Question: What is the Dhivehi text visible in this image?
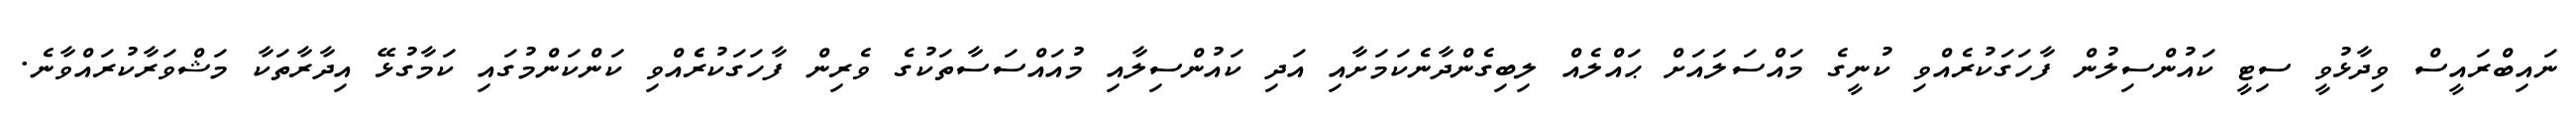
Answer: ނައިބްރައީސް ވިދާޅުވީ ސިޓީ ކައުންސިލުން ފާހަގަކުރެއްވި ކުނީގެ މައްސަލައަށް ޙައްލެއް ލިބިގެންދާނެކަމަށާއި އަދި ކައުންސިލާއި މުއައްސަސާތަކުގެ ވެރިން ފާހަގަކުރެެއްވި ކަންކަންމުގައި ކަމާގުޅޭ އިދާރާތަކާ މަޝްވަރާކުރައްވާނެ.